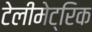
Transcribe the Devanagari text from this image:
टेलीमेट्रिक